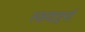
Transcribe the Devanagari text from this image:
स्कवाड्रनों